Indian journal of veterinary science and animal husbandry - Volume 9,
Year: 1939
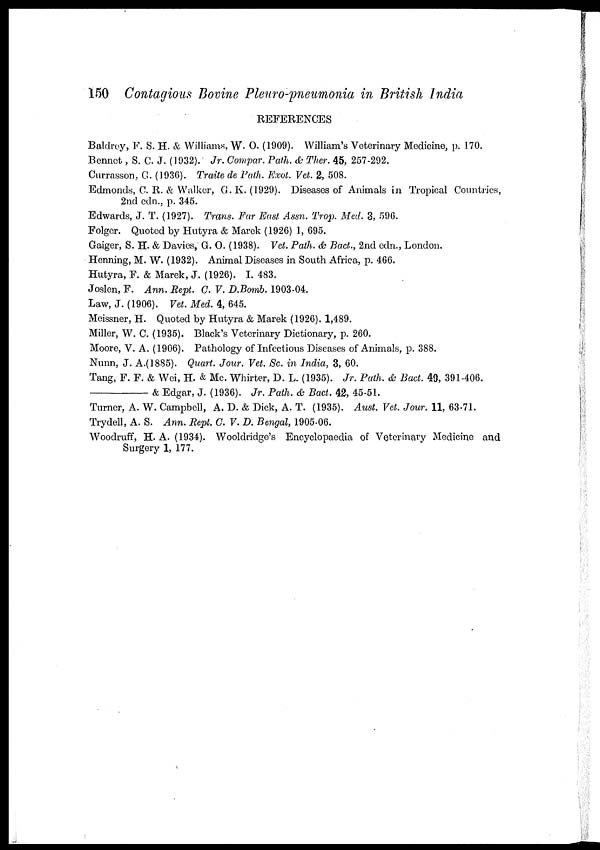
150 Contagious Bovine Pleuro-pneumonia in British India
REFERENCES
Baldrey, F. S. H. & Williams, W. O. (1909). William's Veterinary Medicine, p. 170.
Bennet, S. C. J. (1932). Jr. Compar. Path. & Ther. 45, 257-292.
Currasson, G. (1936). Traite de Path. Exot. Vet. 2, 508.
Edmonds, C. R. & Walker, G.K. (1929). Diseases of Animals in Tropical Countries,
2nd edn., p. 345.
Edwards, J. T. (1927). Trans. Far East Assn. Trop. Med. 3, 596.
Folger. Quoted by Hutyra & Marek (1926) 1, 695.
Gaiger, S. H. & Davies, G. O. (1938). Vet. Path. & Bact., 2nd edn., London.
Henning, M. W. (1932). Animal Diseases in South Africa, p. 466.
Hutyra, F. & Marek, J. (1926). I. 483.
Joslen, F. Ann. Rept. C V. D.Bomb. 1903-04.
Law, J. (1906). Vet. Med. 4, 645.
Meissner, H. Quoted by Hutyra & Marek (1926). 1,489.
Miller, W. C. (1935). Black's Veterinary Dictionary, p. 260.
Moore, V. A. (1906). Pathology of Infectious Diseases of Animals, p. 388.
Nunn, J. A.(1885). Quart. Jour. Vet. Sc. in India, 3, 60.
Tang, F. F. & Wei, H. & Mc. Whirter, D. L. (1935). Jr. Path. & Bact. 40, 391-406.
—&
Edgar, J. (1936). Jr. Path. & Bact. 42, 45-51.
Turner, A. W. Campbell, A. D. & Dick, A. T. (1935). Aust. Vet. Jour. 11, 63-71.
Trydell, A. S. Ann. Rept. C. V. D. Bengal, 1905-06.
Woodruff, H. A. (1934). Wooldridge's Encyclopaedia of Veterinary Medicine and
Surgery 1, 177.